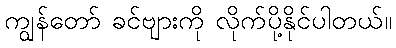
ကျွန်တော် ခင်ဗျားကို လိုက်ပို့နိုင်ပါတယ်။